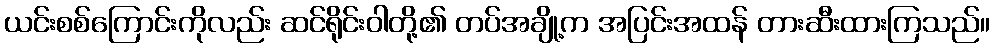
ယင်းစစ်ကြောင်းကိုလည်း ဆင်ရိုင်းဝါတို့၏ တပ်အချို့က အပြင်းအထန် တားဆီးထားကြသည်။